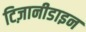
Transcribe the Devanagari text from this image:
टिज़ानीडाइन